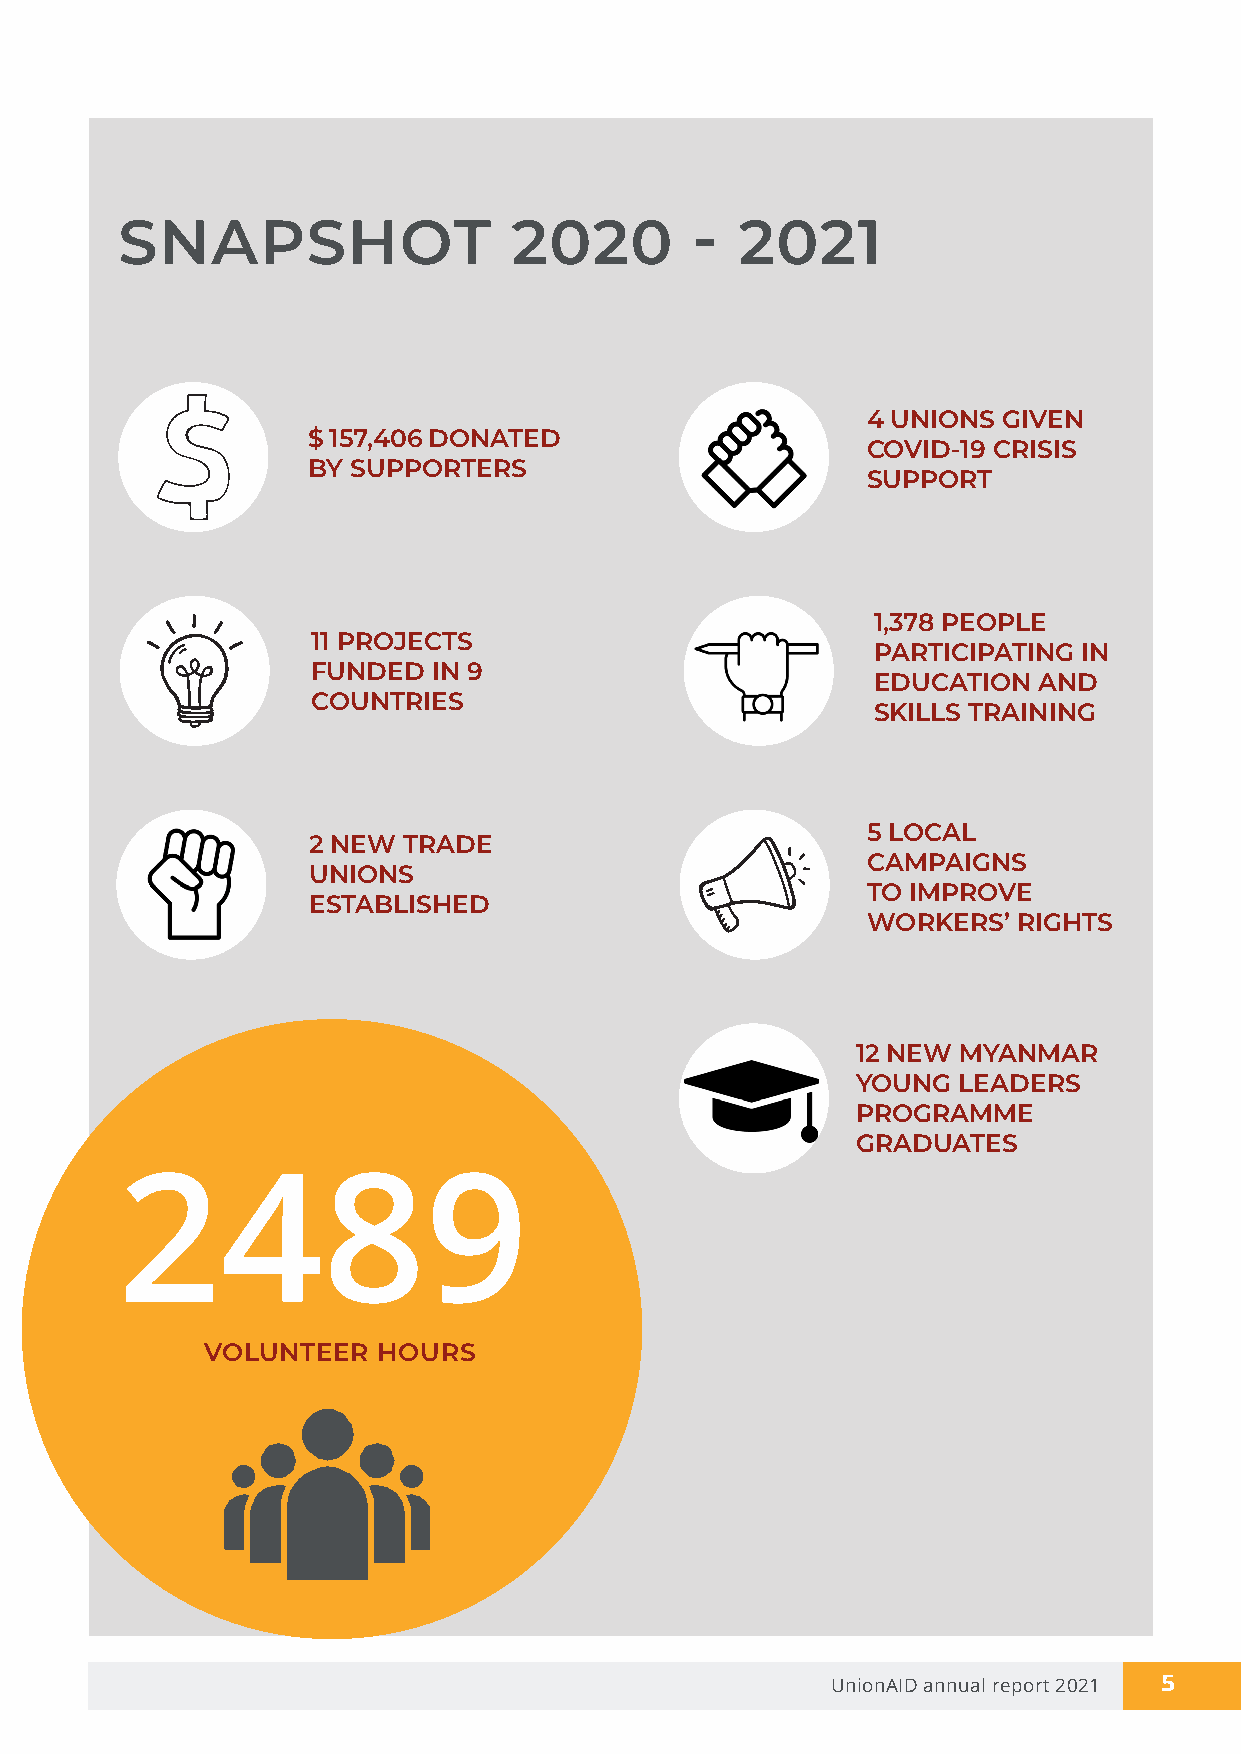
SNAPSHOT                  2020        -  2021
 4 UNIONS GIVEN
 $ 157,406 DONATED
 COVID-19 CRISIS
 BY SUPPORTERS
 SUPPORT
 1,378 PEOPLE
 11 PROJECTS
 PARTICIPATING IN
 FUNDED  IN 9
 EDUCATION  AND
 COUNTRIES
 SKILLS TRAINING
 5 LOCAL
 2 NEW  TRADE
 CAMPAIGNS
 UNIONS
 TO IMPROVE
 ESTABLISHED
 WORKERS’  RIGHTS
 12 NEW MYANMAR
 YOUNG LEADERS
 PROGRAMME
 GRADUATES
 2489
 VOLUNTEER  HOURS
 UnionAID annual report 2021 5